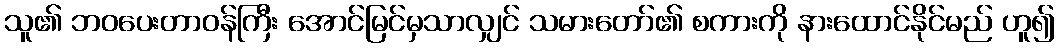
သူ၏ ဘဝပေးတာဝန်ကြီး အောင်မြင်မှသာလျှင် သမားတော်၏ စကားကို နားထောင်နိုင်မည် ဟူ၍